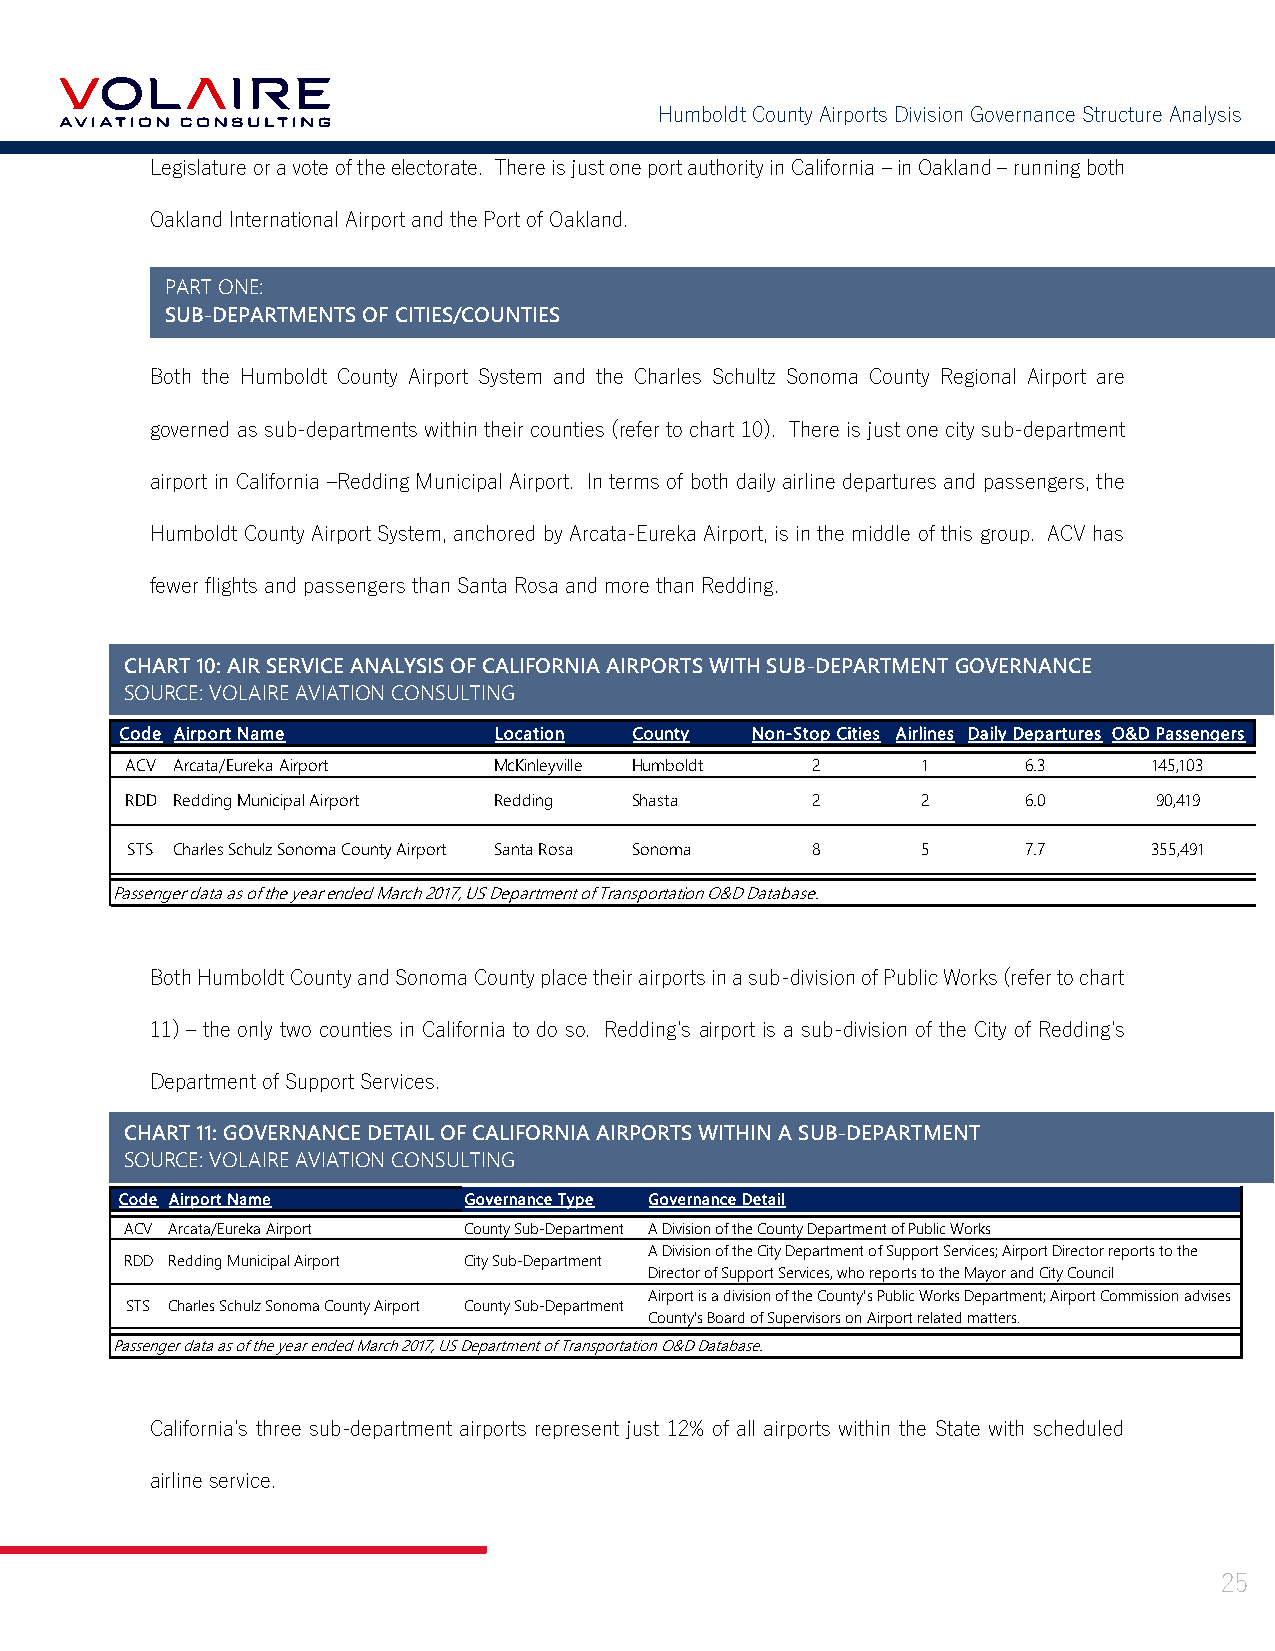
Humboldt County Airports Division Governance Structure Analysis
 Legislature or a vote of the electorate. There is just one port authority in California – in Oakland – running both
 Oakland International Airport and the Port of Oakland.
 PART ONE:
 SUB-DEPARTMENTS OF CITIES/COUNTIES
 Both the Humboldt County Airport System and the Charles Schultz Sonoma County Regional Airport are
 governed as sub-departments within their counties (refer to chart 10). There is just one city sub-department
 airport in California –Redding Municipal Airport. In terms of both daily airline departures and passengers, the
 Humboldt County Airport System, anchored by Arcata-Eureka Airport, is in the middle of this group. ACV has
 fewer flights and passengers than Santa Rosa and more than Redding.
 CHART 10: AIR SERVICE ANALYSIS OF CALIFORNIA AIRPORTS WITH SUB-DEPARTMENT GOVERNANCE
 Governance Type of California Airports with Commercial Air Service
 SOURCE: VOLAIRE AVIATION CONSULTING
 Source: Volaire Aviation Consulting, June 2017
 Code Airport Name        Location County  Non-Stop Cities Airlines Daily Departures O&D Passengers
 ACV Arcata/Eureka Airport McKinleyville Humboldt 2   1      6.3     145,103
 RDD Redding Municipal Airport Redding Shasta  2      2      6.0      90,419
 STS Charles Schulz Sonoma County Airport Santa Rosa Sonoma 8 5 7.7  355,491
 Passenger data as of the year ended March 2017, US Department of Transportation O&D Database.
 Both Humboldt County and Sonoma County place their airports in a sub-division of Public Works (refer to chart
 11) – the only two counties in California to do so. Redding’s airport is a sub-division of the City of Redding’s
 Department of Support Services.
 CHART 11: GOVERNANCE DETAIL OF CALIFORNIA AIRPORTS WITHIN A SUB-DEPARTMENT
 Governance Type of California Airports with Commercial Air Service
 SOURCE: VOLAIRE AVIATION CONSULTING
 Source: Volaire Aviation Consulting, June 2017
 Code Airport Name      Governance Type Governance Detail
 ACV Arcata/Eureka Airport County Sub-Department A Division of the County Department of Public Works
 A Division of the City Department of Support Services; Airport Director reports to the
 RDD Redding Municipal Airport City Sub-Department
 Director of Support Services, who reports to the Mayor and City Council
 Airport is a division of the County's Public Works Department; Airport Commission advises
 STS Charles Schulz Sonoma County Airport County Sub-Department
 County's Board of Supervisors on Airport related matters.
 Passenger data as of the year ended March 2017, US Department of Transportation O&D Database.
 California’s three sub-department airports represent just 12% of all airports within the State with scheduled
 airline service.
 25